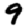
Digit: 9